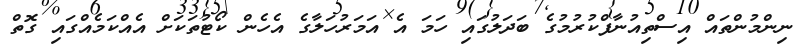
ނިންމުންތައް އިސްތިއުނާފްކުރުމުގެ ބަދަލުގައި ހަމަ އެ އަމަރުހަލާގެ އެހެން ކޯޓުތަކަށް އެއްކަމެއްގައި ގޮތް